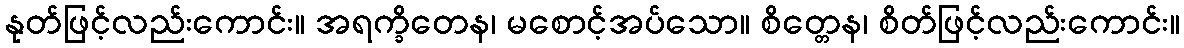
နုတ်ဖြင့်လည်းကောင်း။ အရက္ခိတေန၊ မစောင့်အပ်သော။ စိတ္တေန၊ စိတ်ဖြင့်လည်းကောင်း။